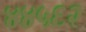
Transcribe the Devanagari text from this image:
४४५६२